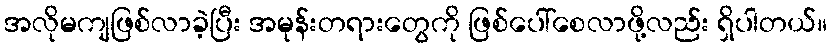
အလိုမကျဖြစ်လာခဲ့ပြီး အမုန်းတရားတွေကို ဖြစ်ပေါ်စေလာဖို့လည်း ရှိပါတယ်။